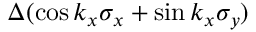
\Delta ( \cos k _ { x } \sigma _ { x } + \sin k _ { x } \sigma _ { y } )